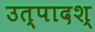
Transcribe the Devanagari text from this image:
उत्पादश्